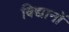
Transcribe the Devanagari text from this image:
विद्यानों